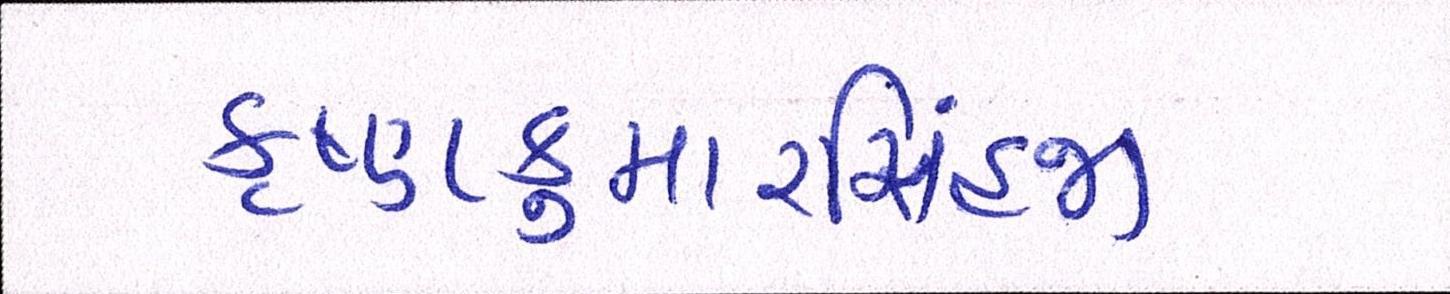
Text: કૃષ્ણકુમારસિંહજી